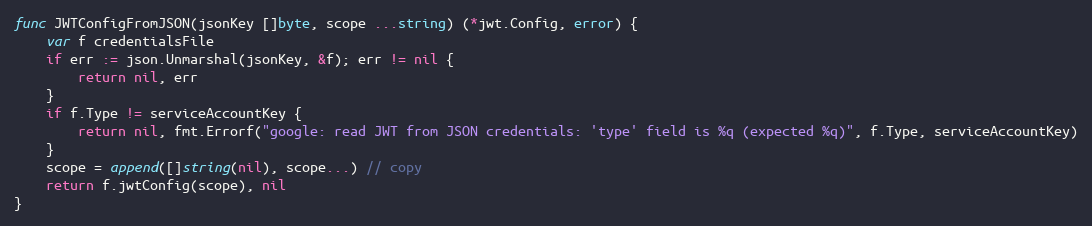
Language: Go
func JWTConfigFromJSON(jsonKey []byte, scope ...string) (*jwt.Config, error) {
	var f credentialsFile
	if err := json.Unmarshal(jsonKey, &f); err != nil {
		return nil, err
	}
	if f.Type != serviceAccountKey {
		return nil, fmt.Errorf("google: read JWT from JSON credentials: 'type' field is %q (expected %q)", f.Type, serviceAccountKey)
	}
	scope = append([]string(nil), scope...) // copy
	return f.jwtConfig(scope), nil
}